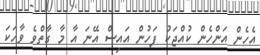
އެެހެން އަންހެން ކުއްޖަކު ފަހުން އައިސް އޭނަ އާ މާ ގާތްވެ ވާހަކަ